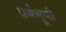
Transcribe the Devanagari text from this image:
धर्मभूमी